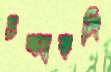
চম্পাকলি